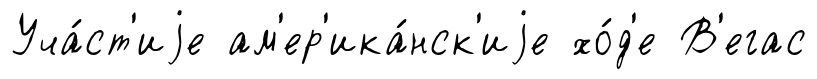
Уча́ст'иjе ам'ер'ика́нск'иjе хо́д'е В'егас